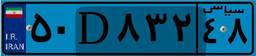
۹۰D۵۰۰۸۲